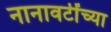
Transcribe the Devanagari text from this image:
नानावटींच्या